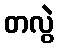
တလွဲ